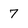
Character: 7